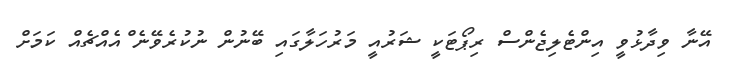
އޭނާ ވިދާޅުވީ އިންޓެލިޖެންސް ރިޕޯޓަކީ ޝަރުއީ މަރުހަލާގައި ބޭނުން ނުކުރެވޭނެ ްއެއްޗެއް ކަމަށް